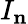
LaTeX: I_{\mathbf{n}}